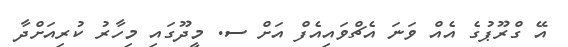
އޭ ގްރޫޕުގެ އެއް ވަނަ އެޗްވައިއެފް އަށް ސ. މީދޫގައި މިހާރު ކުރިއަށްދާ